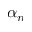
\alpha _ { n }